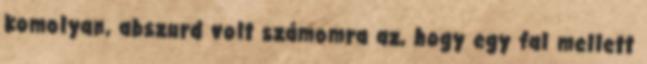
komolyan, abszurd volt számomra az, hogy egy fal mellett